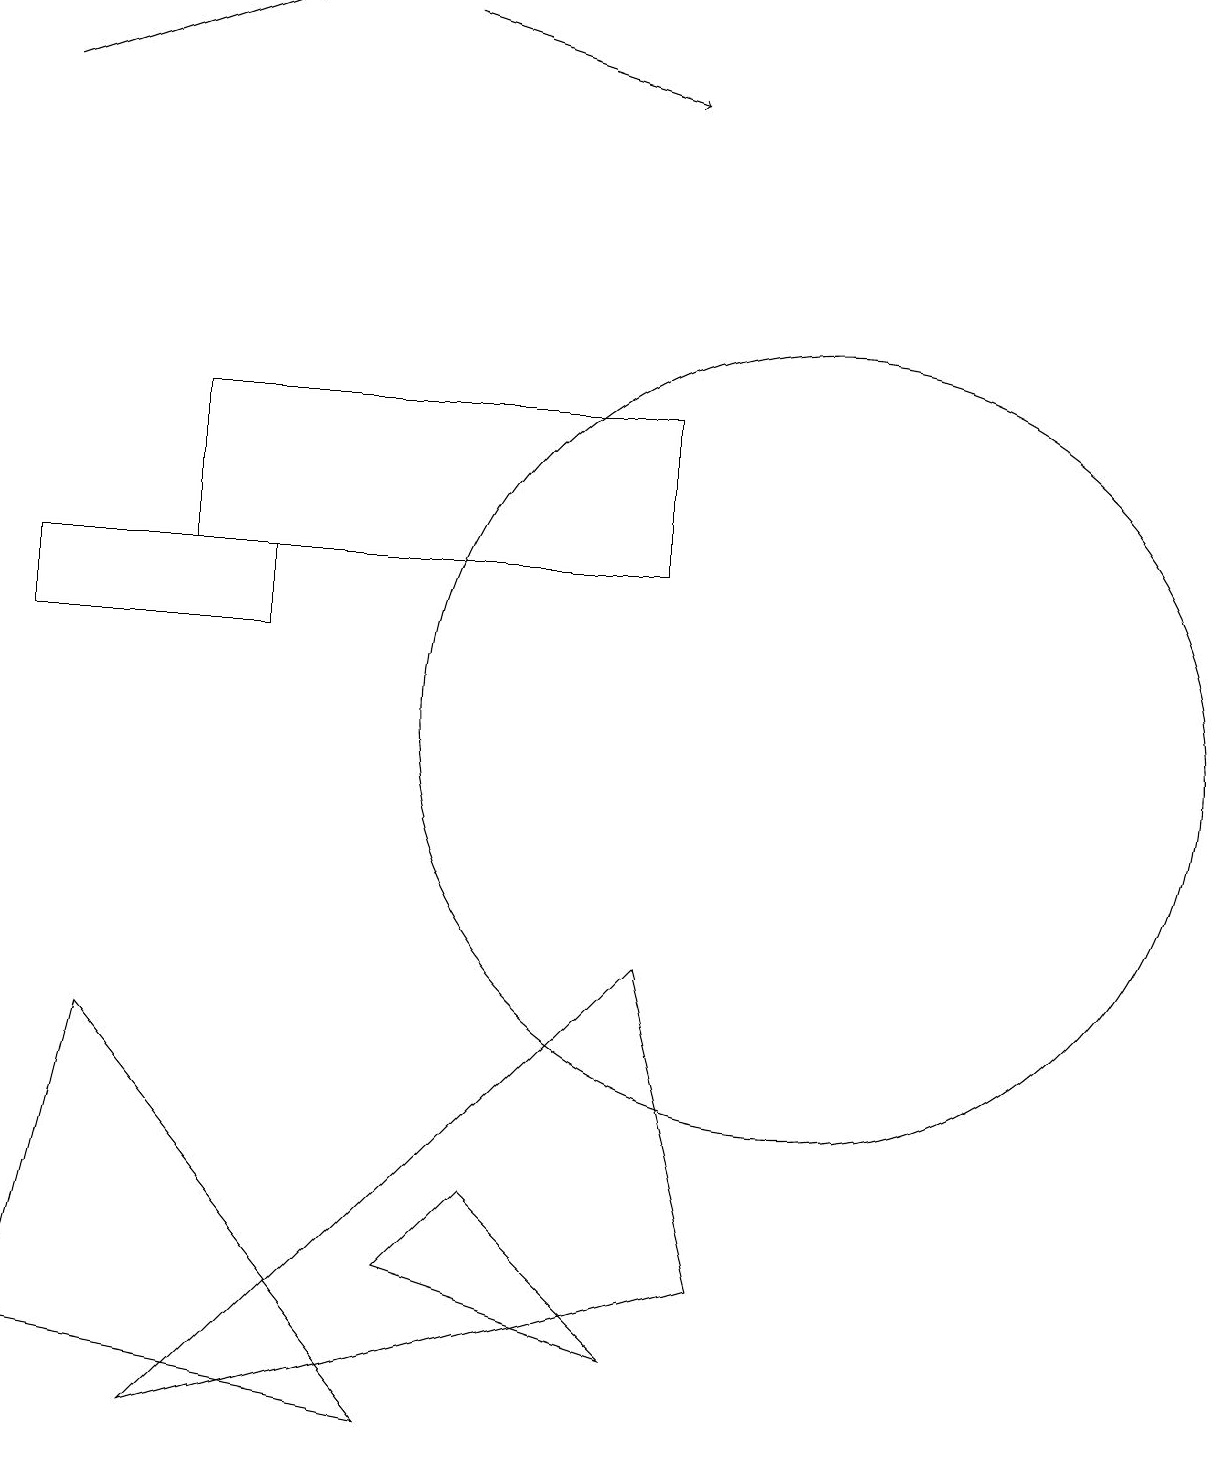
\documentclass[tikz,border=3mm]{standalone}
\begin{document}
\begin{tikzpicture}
\draw (2,12) rectangle (8,14);
\draw[->] (5,19) -- (8,18);
\draw (5,3) -- (8,2) -- (6,4) -- cycle;
\draw (0,11) rectangle (3,12);
\draw (1,6) -- (0,2) -- (5,1) -- cycle;
\draw (10,10) circle (5);
\draw (2,1) -- (9,3) -- (8,7) -- cycle;
\draw[->] (0,18) -- (3,19);
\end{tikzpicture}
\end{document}